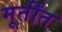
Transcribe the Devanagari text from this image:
मूर्तींत